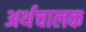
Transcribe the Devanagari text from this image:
अर्थचालक